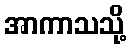
အာကာသသို့